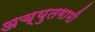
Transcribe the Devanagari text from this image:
अच्युतगामी